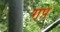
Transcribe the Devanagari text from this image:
गप